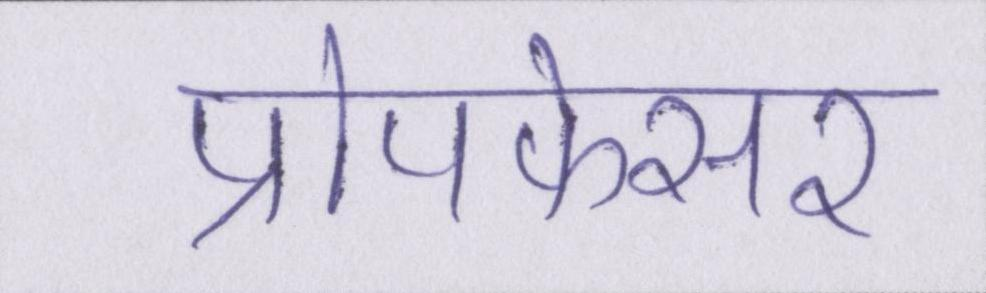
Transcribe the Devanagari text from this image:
प्रोपफेसर